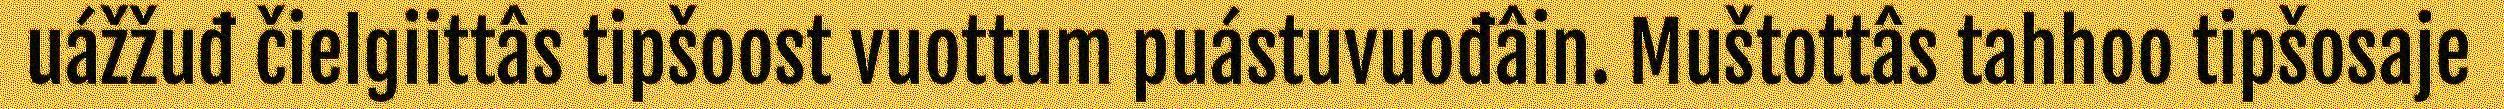
uážžuđ čielgiittâs tipšoost vuottum puástuvuođâin. Muštottâs tahhoo tipšosaje